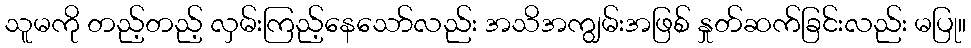
သူမကို တည့်တည့် လှမ်းကြည့်နေသော်လည်း အသိအကျွမ်းအဖြစ် နှုတ်ဆက်ခြင်းလည်း မပြု။